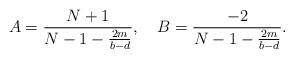
LaTeX: \begin{align*} A=\frac{N+1}{N-1-\frac{2m}{b-d}},\,\,\, \,\,\, B=\frac{-2}{N-1-\frac{2m}{b-d}}.\end{align*}